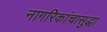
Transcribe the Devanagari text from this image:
नागरिकांचासुद्धा